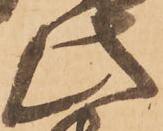
此